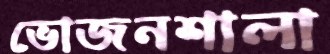
ভোজনশালা